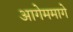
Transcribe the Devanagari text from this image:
आगेममागे